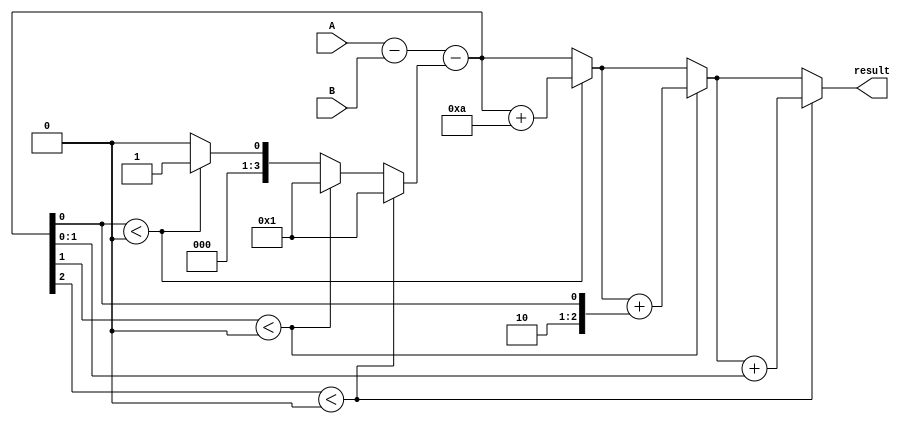
module ripple_subtractor (
    input [3:0] A,
    input [3:0] B,
    output reg [3:0] result
);

reg [3:0] borrow;
wire [3:0] diff;

assign diff = A - B - borrow;

always @*
begin
    result = diff;
    borrow = 0;
    if(diff[0] < 0) begin
        result = result + 10;
        borrow = 1;
    end
    if(diff[1] < 0) begin
        result = result + {2'b10, diff[0]};
        borrow = 1;
    end
    if(diff[2] < 0) begin
        result = result + {3'b100, diff[1:0]};
        borrow = 1;
    end
end

endmodule